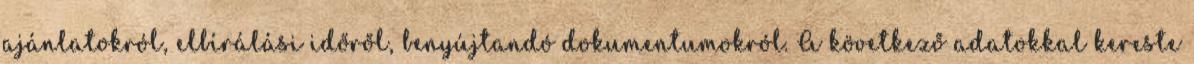
ajánlatokról, elbírálási időről, benyújtandó dokumentumokról. A következő adatokkal kereste